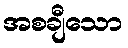
အစချီသော